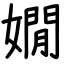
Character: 嫺